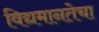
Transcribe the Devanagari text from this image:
विद्यमानतेचा